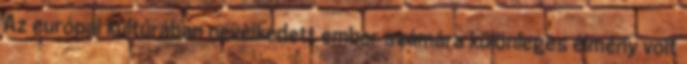
Az európai kultúrában nevelkedett ember számára különleges élmény volt